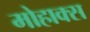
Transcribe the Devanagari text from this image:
मोहाक्स